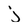
Character: j